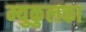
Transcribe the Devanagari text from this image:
म्युकुलका